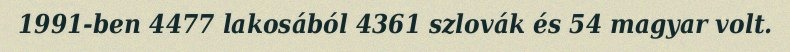
1991-ben 4477 lakosából 4361 szlovák és 54 magyar volt.